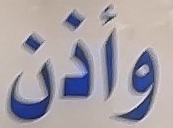
وأذن